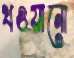
খওয়ানো